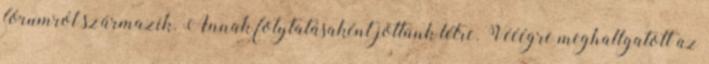
fórumról származik. Annak folytatásaként jöttünk létre. Vééégre meghallgatott az